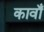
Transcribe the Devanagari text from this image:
कावाँ